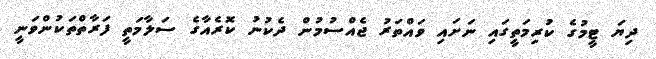
ދިޔަ ޓީމުގެ ކުރިމަތީގައި ނަށައި ވައްތަރު ޖެއްސުމުން ދެކުނު ކޮރެއާގެ ސަލާމަތީ ފަރާތްތަކުންވަނީ